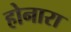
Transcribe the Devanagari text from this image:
होनारा